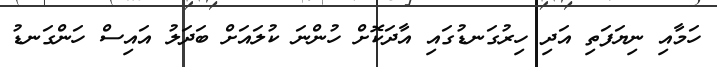
ހަމާއި ނިޔަފަތި އަދި ހިރުގަނޑުގައި އާދަކޮށް ހުންނަ ކުލައަށް ބަދަލު އައިސް ހަންގަނޑު